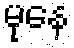
မုနေ